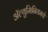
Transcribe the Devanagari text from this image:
ॲल्युमिनियमचे